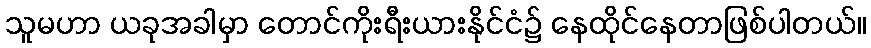
သူမဟာ ယခုအခါမှာ တောင်ကိုးရီးယားနိုင်ငံ၌ နေထိုင်နေတာဖြစ်ပါတယ်။